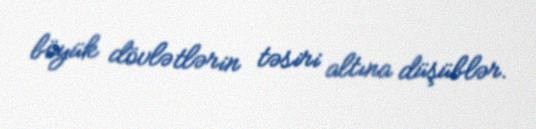
böyük dövlətlərin təsiri altına düşüblər.